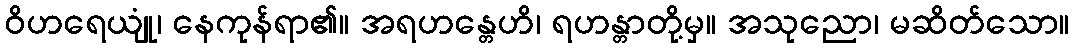
ဝိဟရေယျုံ၊ နေကုန်ရာ၏။ အရဟန္တေဟိ၊ ရဟန္တာတို့မှ။ အသုညော၊ မဆိတ်သော။